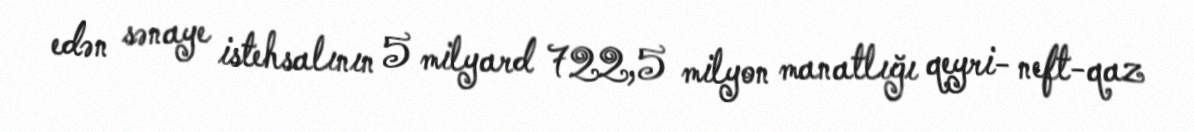
edən sənaye istehsalının 5 milyard 722,5 milyon manatlığı qeyri- neft-qaz